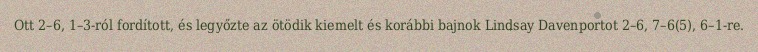
Ott 2–6, 1–3-ról fordított, és legyőzte az ötödik kiemelt és korábbi bajnok Lindsay Davenportot 2–6, 7–6(5), 6–1-re.